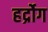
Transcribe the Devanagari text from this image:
हर्द्रोग